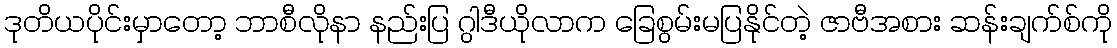
ဒုတိယပိုင်းမှာတော့ ဘာစီလိုနာ နည်းပြ ဂွါဒီယိုလာက ခြေစွမ်းမပြနိုင်တဲ့ ဇာဗီအစား ဆန်းချက်စ်ကို